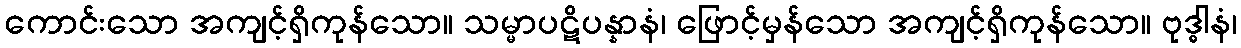
ကောင်းသော အကျင့်ရှိကုန်သော။ သမ္မာပဋိပန္နာနံ၊ ဖြောင့်မှန်သော အကျင့်ရှိကုန်သော။ ဗုဒ္ဓါနံ၊